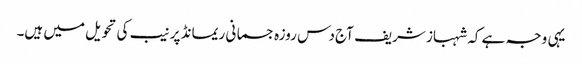
یہی وجہ ہے کہ شہباز شریف آج دس روزہ جسمانی ریمانڈ پر نیب کی تحویل میں ہیں۔